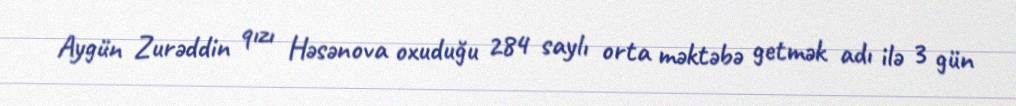
Aygün Zurəddin qızı Həsənova oxuduğu 284 saylı orta məktəbə getmək adı ilə 3 gün